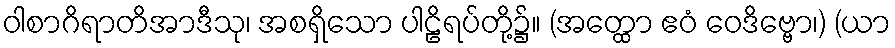
ဝါစာဂိရာတိအာဒီသု၊ အစရှိသော ပါဠိရပ်တို့၌။ (အတ္ထော ဧဝံ ဝေဒိဗ္ဗော၊) (ယာ